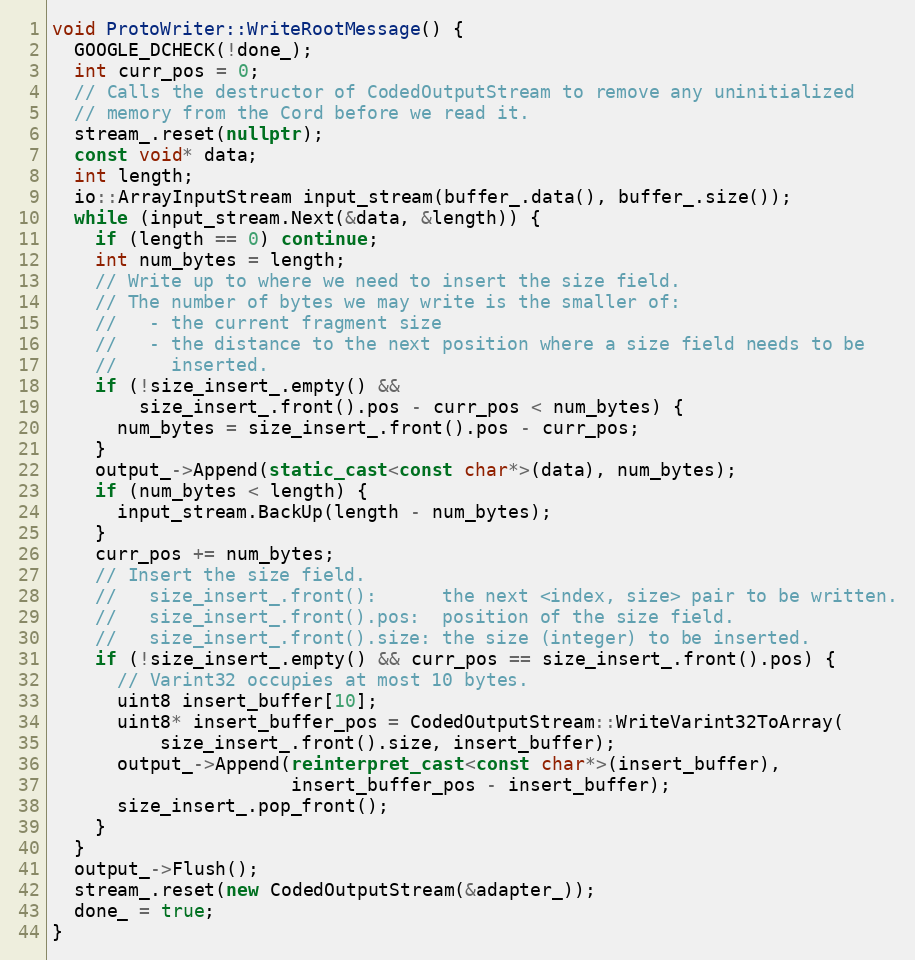
Language: C++
void ProtoWriter::WriteRootMessage() {
  GOOGLE_DCHECK(!done_);
  int curr_pos = 0;
  // Calls the destructor of CodedOutputStream to remove any uninitialized
  // memory from the Cord before we read it.
  stream_.reset(nullptr);
  const void* data;
  int length;
  io::ArrayInputStream input_stream(buffer_.data(), buffer_.size());
  while (input_stream.Next(&data, &length)) {
    if (length == 0) continue;
    int num_bytes = length;
    // Write up to where we need to insert the size field.
    // The number of bytes we may write is the smaller of:
    //   - the current fragment size
    //   - the distance to the next position where a size field needs to be
    //     inserted.
    if (!size_insert_.empty() &&
        size_insert_.front().pos - curr_pos < num_bytes) {
      num_bytes = size_insert_.front().pos - curr_pos;
    }
    output_->Append(static_cast<const char*>(data), num_bytes);
    if (num_bytes < length) {
      input_stream.BackUp(length - num_bytes);
    }
    curr_pos += num_bytes;
    // Insert the size field.
    //   size_insert_.front():      the next <index, size> pair to be written.
    //   size_insert_.front().pos:  position of the size field.
    //   size_insert_.front().size: the size (integer) to be inserted.
    if (!size_insert_.empty() && curr_pos == size_insert_.front().pos) {
      // Varint32 occupies at most 10 bytes.
      uint8 insert_buffer[10];
      uint8* insert_buffer_pos = CodedOutputStream::WriteVarint32ToArray(
          size_insert_.front().size, insert_buffer);
      output_->Append(reinterpret_cast<const char*>(insert_buffer),
                      insert_buffer_pos - insert_buffer);
      size_insert_.pop_front();
    }
  }
  output_->Flush();
  stream_.reset(new CodedOutputStream(&adapter_));
  done_ = true;
}